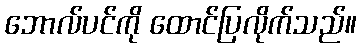
ဘောလ်ပင်ကို ထောင်ပြလိုက်သည်။